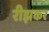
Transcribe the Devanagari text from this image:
रीझकर